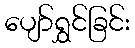
ပျော်ရွှင်ခြင်း